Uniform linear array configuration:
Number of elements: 32
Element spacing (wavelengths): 1
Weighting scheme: hann
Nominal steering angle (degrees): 60
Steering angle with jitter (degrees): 58.568
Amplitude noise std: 0.05
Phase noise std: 0.05

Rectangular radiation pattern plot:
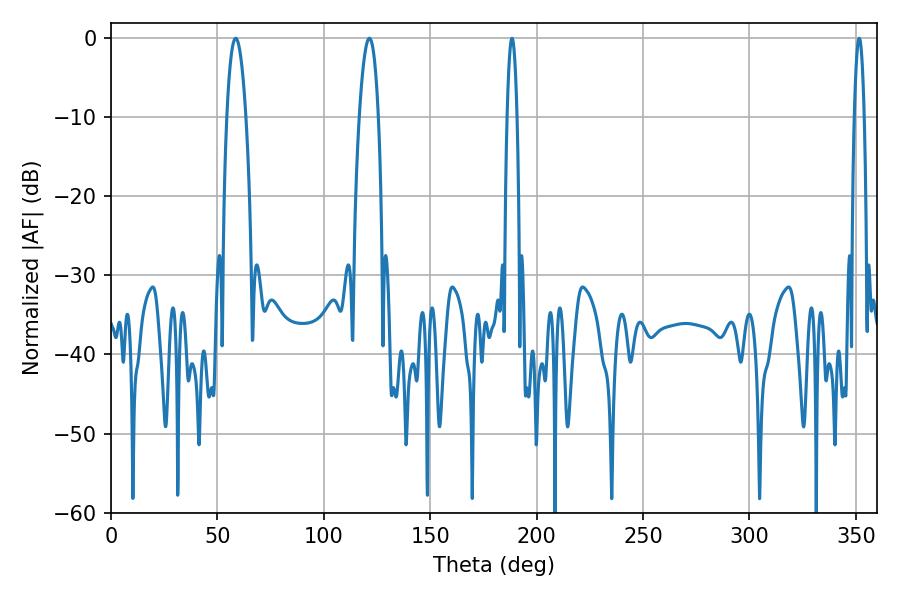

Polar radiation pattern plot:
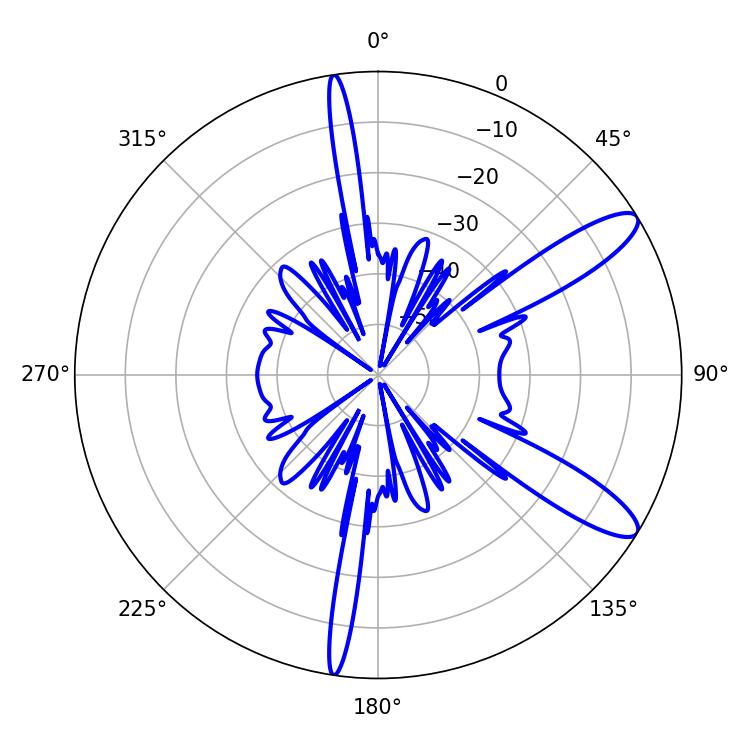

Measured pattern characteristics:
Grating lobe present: TRUE
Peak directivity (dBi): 11.38
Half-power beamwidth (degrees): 2.52
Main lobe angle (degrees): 188.46